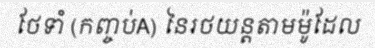
ថែទាំ (កញ្ចប់A) នៃរថយន្តតាមម៉ូដែល